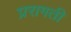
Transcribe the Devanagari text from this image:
प्ररागती